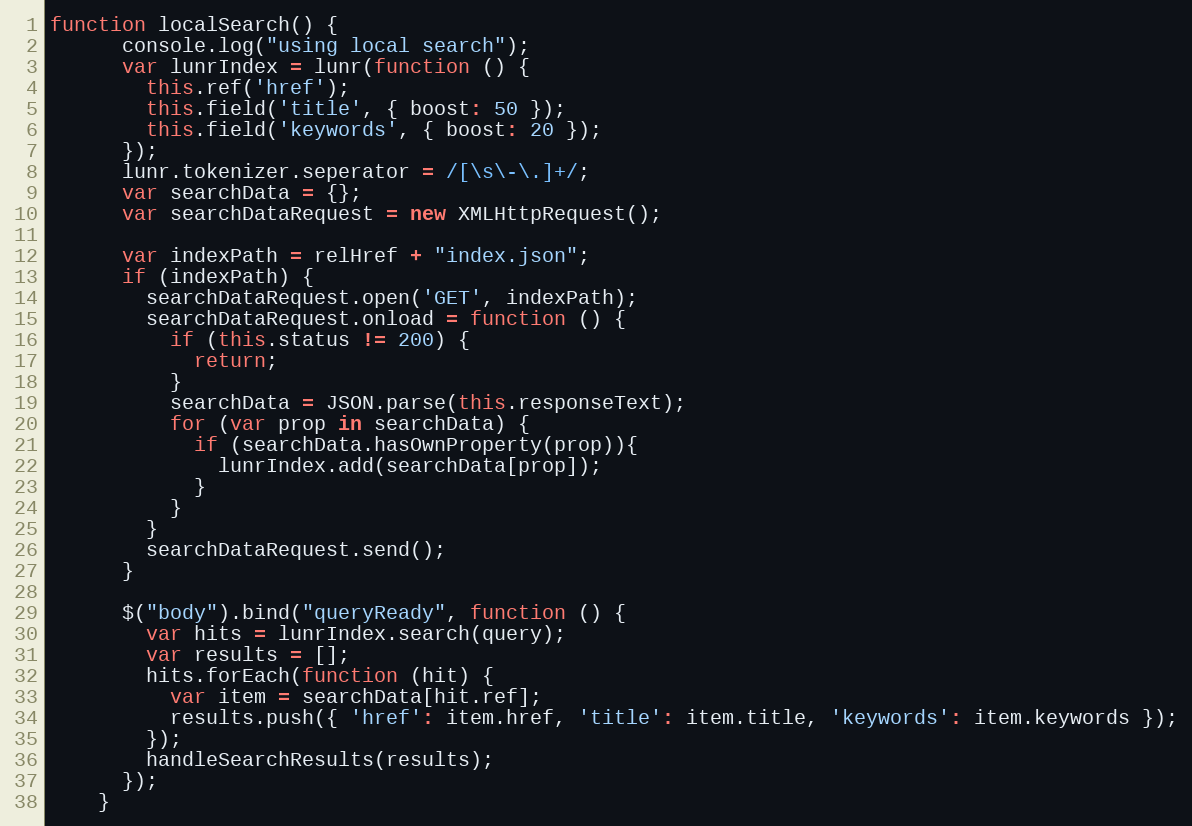
Language: JavaScript
function localSearch() {
      console.log("using local search");
      var lunrIndex = lunr(function () {
        this.ref('href');
        this.field('title', { boost: 50 });
        this.field('keywords', { boost: 20 });
      });
      lunr.tokenizer.seperator = /[\s\-\.]+/;
      var searchData = {};
      var searchDataRequest = new XMLHttpRequest();

      var indexPath = relHref + "index.json";
      if (indexPath) {
        searchDataRequest.open('GET', indexPath);
        searchDataRequest.onload = function () {
          if (this.status != 200) {
            return;
          }
          searchData = JSON.parse(this.responseText);
          for (var prop in searchData) {
            if (searchData.hasOwnProperty(prop)){
              lunrIndex.add(searchData[prop]);
            }
          }
        }
        searchDataRequest.send();
      }

      $("body").bind("queryReady", function () {
        var hits = lunrIndex.search(query);
        var results = [];
        hits.forEach(function (hit) {
          var item = searchData[hit.ref];
          results.push({ 'href': item.href, 'title': item.title, 'keywords': item.keywords });
        });
        handleSearchResults(results);
      });
    }